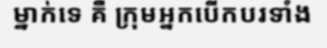
ម្នាក់ទេ គឺ ក្រុមអ្នកបើកបរទាំង